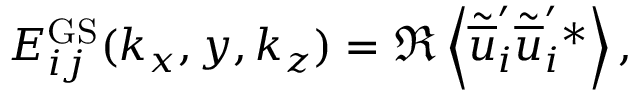
\begin{array} { r } { E _ { i j } ^ { \mathrm { G S } } ( k _ { x } , y , k _ { z } ) = \Re \left< \tilde { \overline { { u } } } _ { i } ^ { \prime } \tilde { \overline { { u } } } _ { i } ^ { \prime } { } ^ { * } \right> , } \end{array}